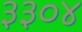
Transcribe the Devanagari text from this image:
३३०४